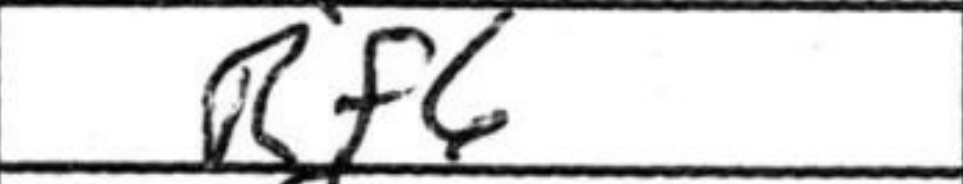
Transcription: Rf6